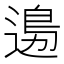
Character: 𨕙